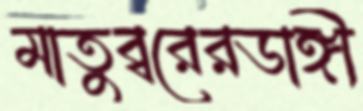
মাতুব্বরেরডাঙ্গী